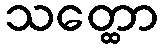
သတ္ထော